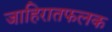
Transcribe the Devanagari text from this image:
जाहिरातफलक